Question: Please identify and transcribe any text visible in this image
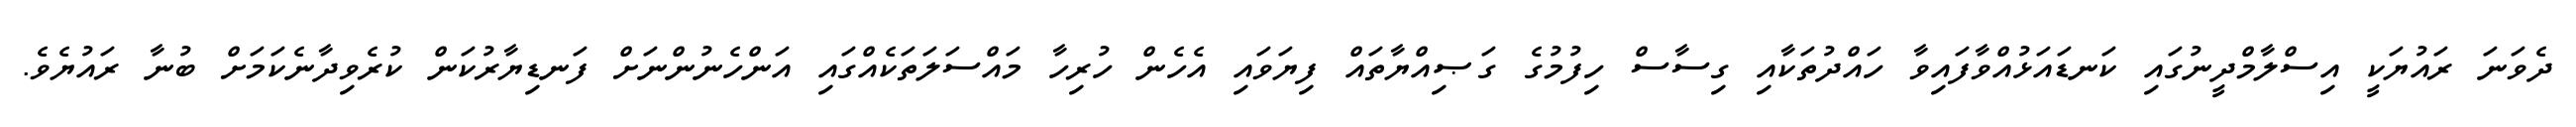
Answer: ދެވަނަ ރައުޔަކީ އިސްލާމްދީނުގައި ކަނޑައަޅުއްވާފައިވާ ހައްދުތަކާއި ގިސާސް ހިފުމުގެ ގަޞިއްޔާތައް ފިޔަވައި އެހެން ހުރިހާ މައްސަލަތަކެއްގައި އަންހެނުންނަށް ފަނޑިޔާރުކަން ކުރެވިދާނެކަމަށް ބުނާ ރައުޔެވެ.